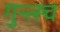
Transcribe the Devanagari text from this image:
गुन्त्स्च